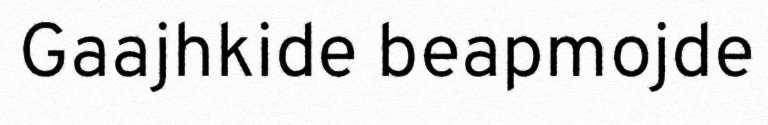
Gaajhkide beapmojde